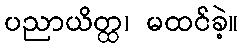
ပညာယိတ္ထ၊ မထင်ခဲ့။